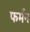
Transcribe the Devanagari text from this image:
फर्मन